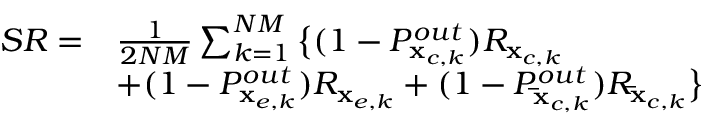
\begin{array} { r l } { S R = } & { \frac { 1 } { { 2 N M } } \sum _ { k = 1 } ^ { N M } \big \{ ( 1 - P _ { { { \bf { x } } _ { c , k } } } ^ { o u t } ) { R _ { { { \bf { x } } _ { c , k } } } } } \\ & { + ( 1 - P _ { { { \bf { x } } _ { e , k } } } ^ { o u t } ) { R _ { { { \bf { x } } _ { e , k } } } } + ( 1 - P _ { { { { \bf { \bar { x } } } } _ { c , k } } } ^ { o u t } ) { R _ { { { { \bf { \bar { x } } } } _ { c , k } } } } \big \} } \end{array}